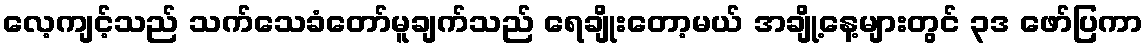
လေ့ကျင့်သည် သက်သေခံတော်မူချက်သည် ရေချိုးတော့မယ် အချို့နေ့များတွင် ၃ဒ ဖော်ပြကာ